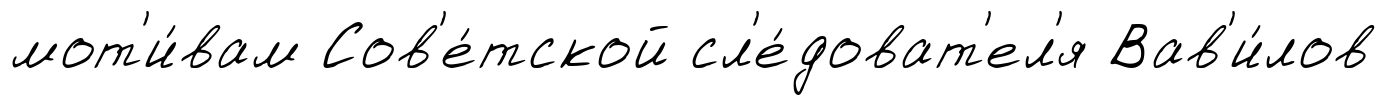
мот'и́вам Сов'е́тской сл'е́доват'ел'я Вав'и́лов